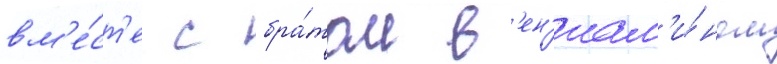
вм'е́ст'е с бра́том в'ен'иам'и́ном